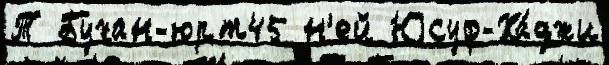
Т Бухан-юрт45 н'ей Юсуф-Ха́джи